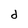
Character: d